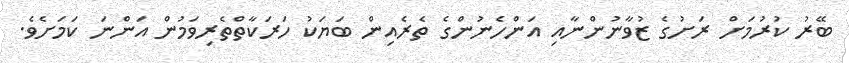
ބޭރު ކުރުމަށް ރަށުގެ ޒުވާނުންނާއި އަންހެނުންގެ ތެރެއިން ބަޔަކު ހަރަކާތްތެރިވަމުން އަންނަ ކަމަށެވެ.